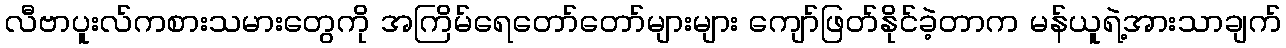
လီဗာပူးလ်ကစားသမားတွေကို အကြိမ်ရေတော်တော်များများ ကျော်ဖြတ်နိုင်ခဲ့တာက မန်ယူရဲ့အားသာချက်